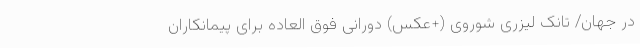
در جهان/ تانک لیزری شوروی (+عکس) دورانی فوق العاده برای پیمانکاران